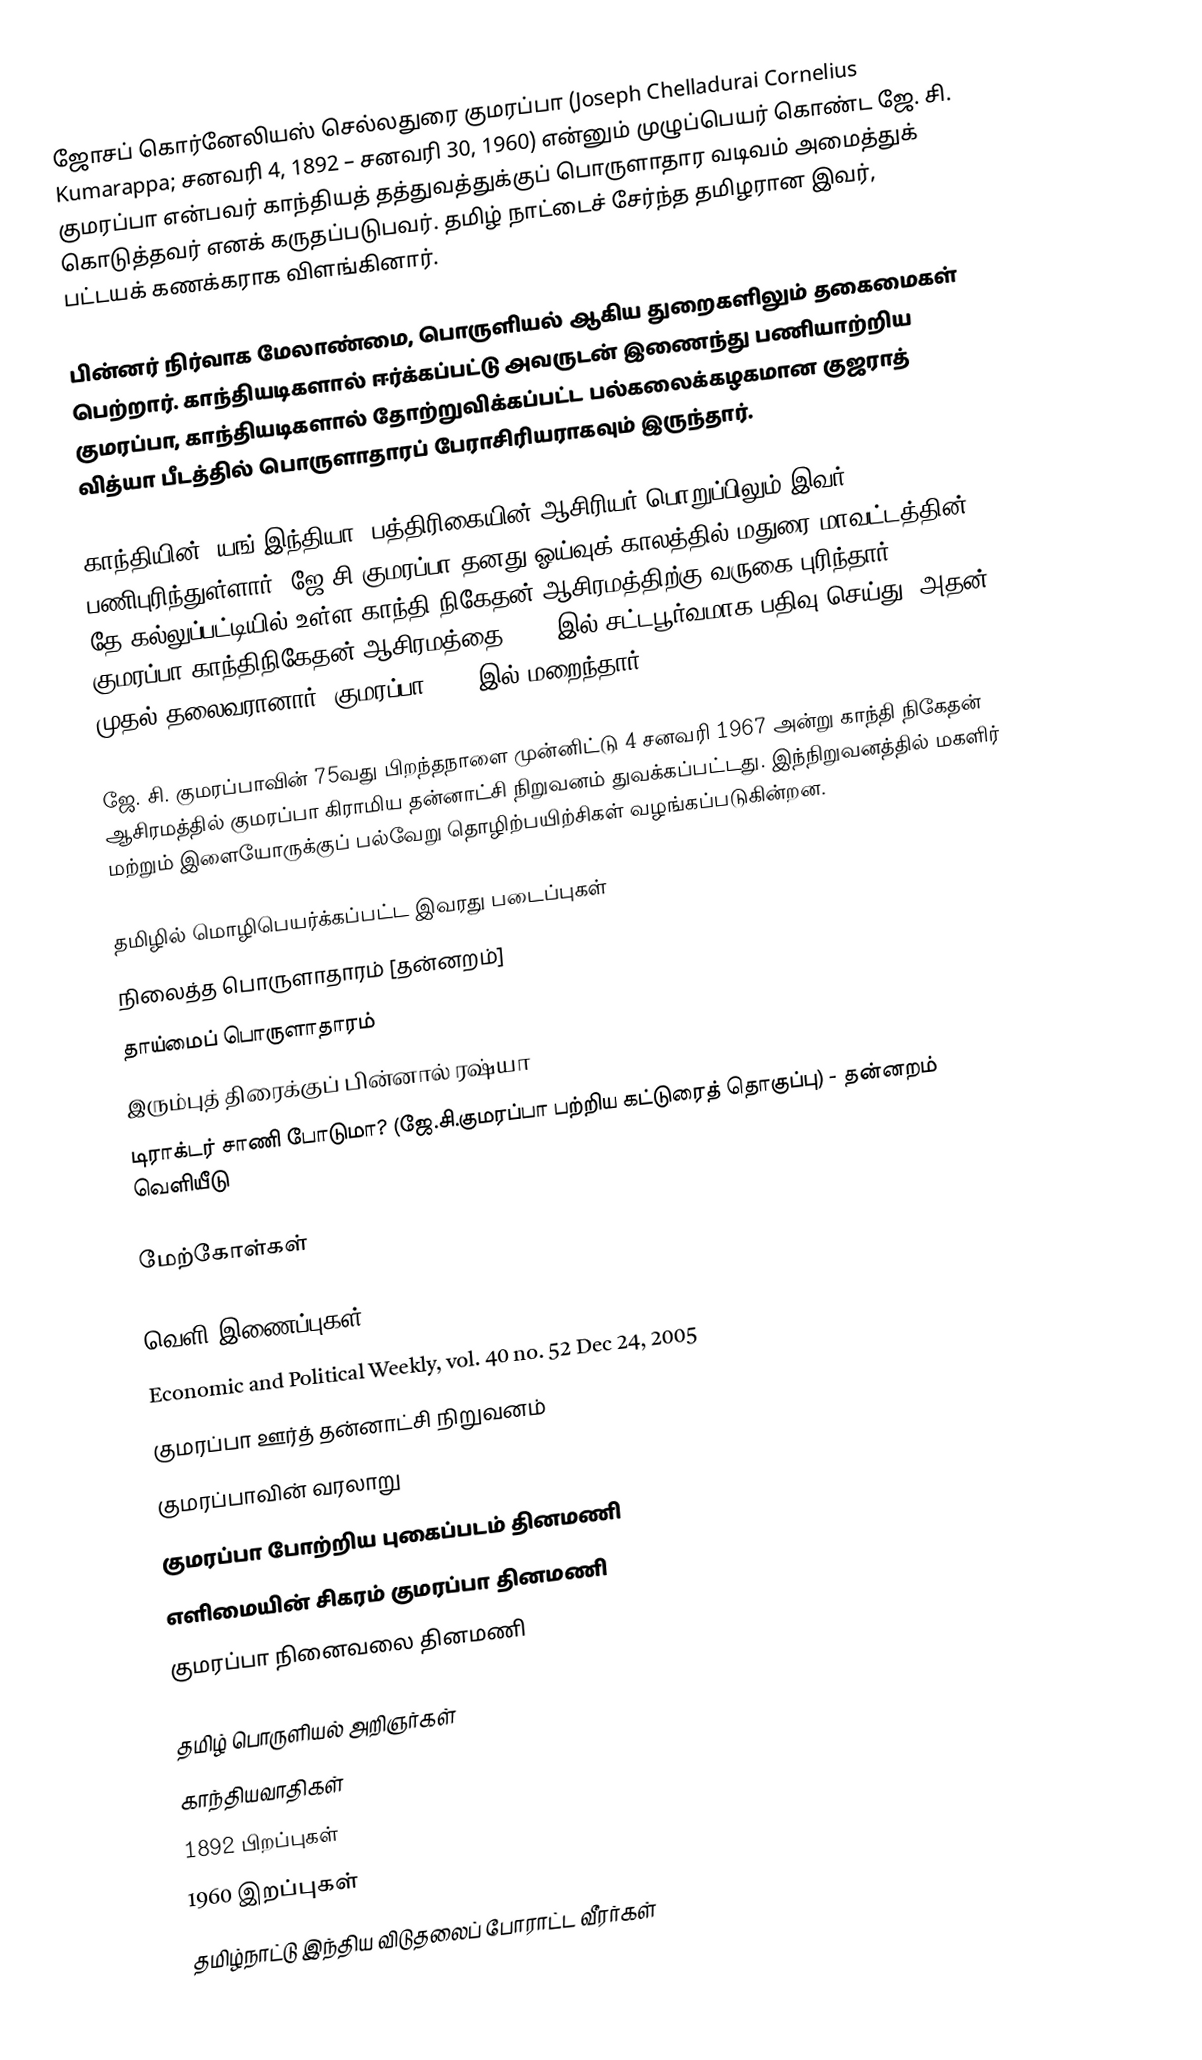
ஜோசப் கொர்னேலியஸ் செல்லதுரை குமரப்பா (Joseph Chelladurai Cornelius Kumarappa; சனவரி 4, 1892 – சனவரி 30, 1960) என்னும் முழுப்பெயர் கொண்ட ஜே. சி. குமரப்பா என்பவர் காந்தியத் தத்துவத்துக்குப் பொருளாதார வடிவம் அமைத்துக் கொடுத்தவர் எனக் கருதப்படுபவர். தமிழ் நாட்டைச் சேர்ந்த தமிழரான இவர், பட்டயக் கணக்கராக விளங்கினார்.

பின்னர் நிர்வாக மேலாண்மை, பொருளியல் ஆகிய துறைகளிலும் தகைமைகள் பெற்றார். காந்தியடிகளால் ஈர்க்கப்பட்டு அவருடன் இணைந்து பணியாற்றிய குமரப்பா, காந்தியடிகளால் தோற்றுவிக்கப்பட்ட பல்கலைக்கழகமான குஜராத் வித்யா பீடத்தில் பொருளாதாரப் பேராசிரியராகவும் இருந்தார்.

காந்தியின் "யங் இந்தியா" பத்திரிகையின் ஆசிரியர் பொறுப்பிலும் இவர் பணிபுரிந்துள்ளார். ஜே.சி.குமரப்பா தனது ஓய்வுக் காலத்தில் மதுரை மாவட்டத்தின் தே.கல்லுப்பட்டியில் உள்ள காந்தி நிகேதன் ஆசிரமத்திற்கு வருகை புரிந்தார். குமரப்பா காந்திநிகேதன் ஆசிரமத்தை 1956-இல் சட்டபூர்வமாக பதிவு செய்து, அதன் முதல் தலைவரானார். குமரப்பா 1960-இல் மறைந்தார்.

ஜே. சி. குமரப்பாவின் 75வது பிறந்தநாளை முன்னிட்டு  4 சனவரி 1967 அன்று காந்தி நிகேதன் ஆசிரமத்தில் குமரப்பா கிராமிய தன்னாட்சி நிறுவனம் துவக்கப்பட்டது. இந்நிறுவனத்தில்  மகளிர் மற்றும் இளையோருக்குப் பல்வேறு தொழிற்பயிற்சிகள் வழங்கப்படுகின்றன.

தமிழில் மொழிபெயர்க்கப்பட்ட இவரது படைப்புகள்
 நிலைத்த பொருளாதாரம் [தன்னறம்]
 தாய்மைப் பொருளாதாரம்
 இரும்புத் திரைக்குப் பின்னால் ரஷ்யா
டிராக்டர் சாணி போடுமா? (ஜே.சி.குமரப்பா பற்றிய கட்டுரைத் தொகுப்பு) - தன்னறம் வெளியீடு

மேற்கோள்கள்

வெளி இணைப்புகள்
Economic and Political Weekly, vol. 40 no. 52 Dec 24, 2005
குமரப்பா ஊர்த் தன்னாட்சி நிறுவனம்
குமரப்பாவின் வரலாறு
குமரப்பா போற்றிய புகைப்படம் தினமணி
எளிமையின் சிகரம் குமரப்பா தினமணி
குமரப்பா நினைவலை தினமணி

தமிழ் பொருளியல் அறிஞர்கள்
காந்தியவாதிகள்
1892 பிறப்புகள்
1960 இறப்புகள்
தமிழ்நாட்டு இந்திய விடுதலைப் போராட்ட வீரர்கள்